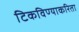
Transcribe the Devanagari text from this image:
टिकविण्याकरिता